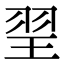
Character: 䍿